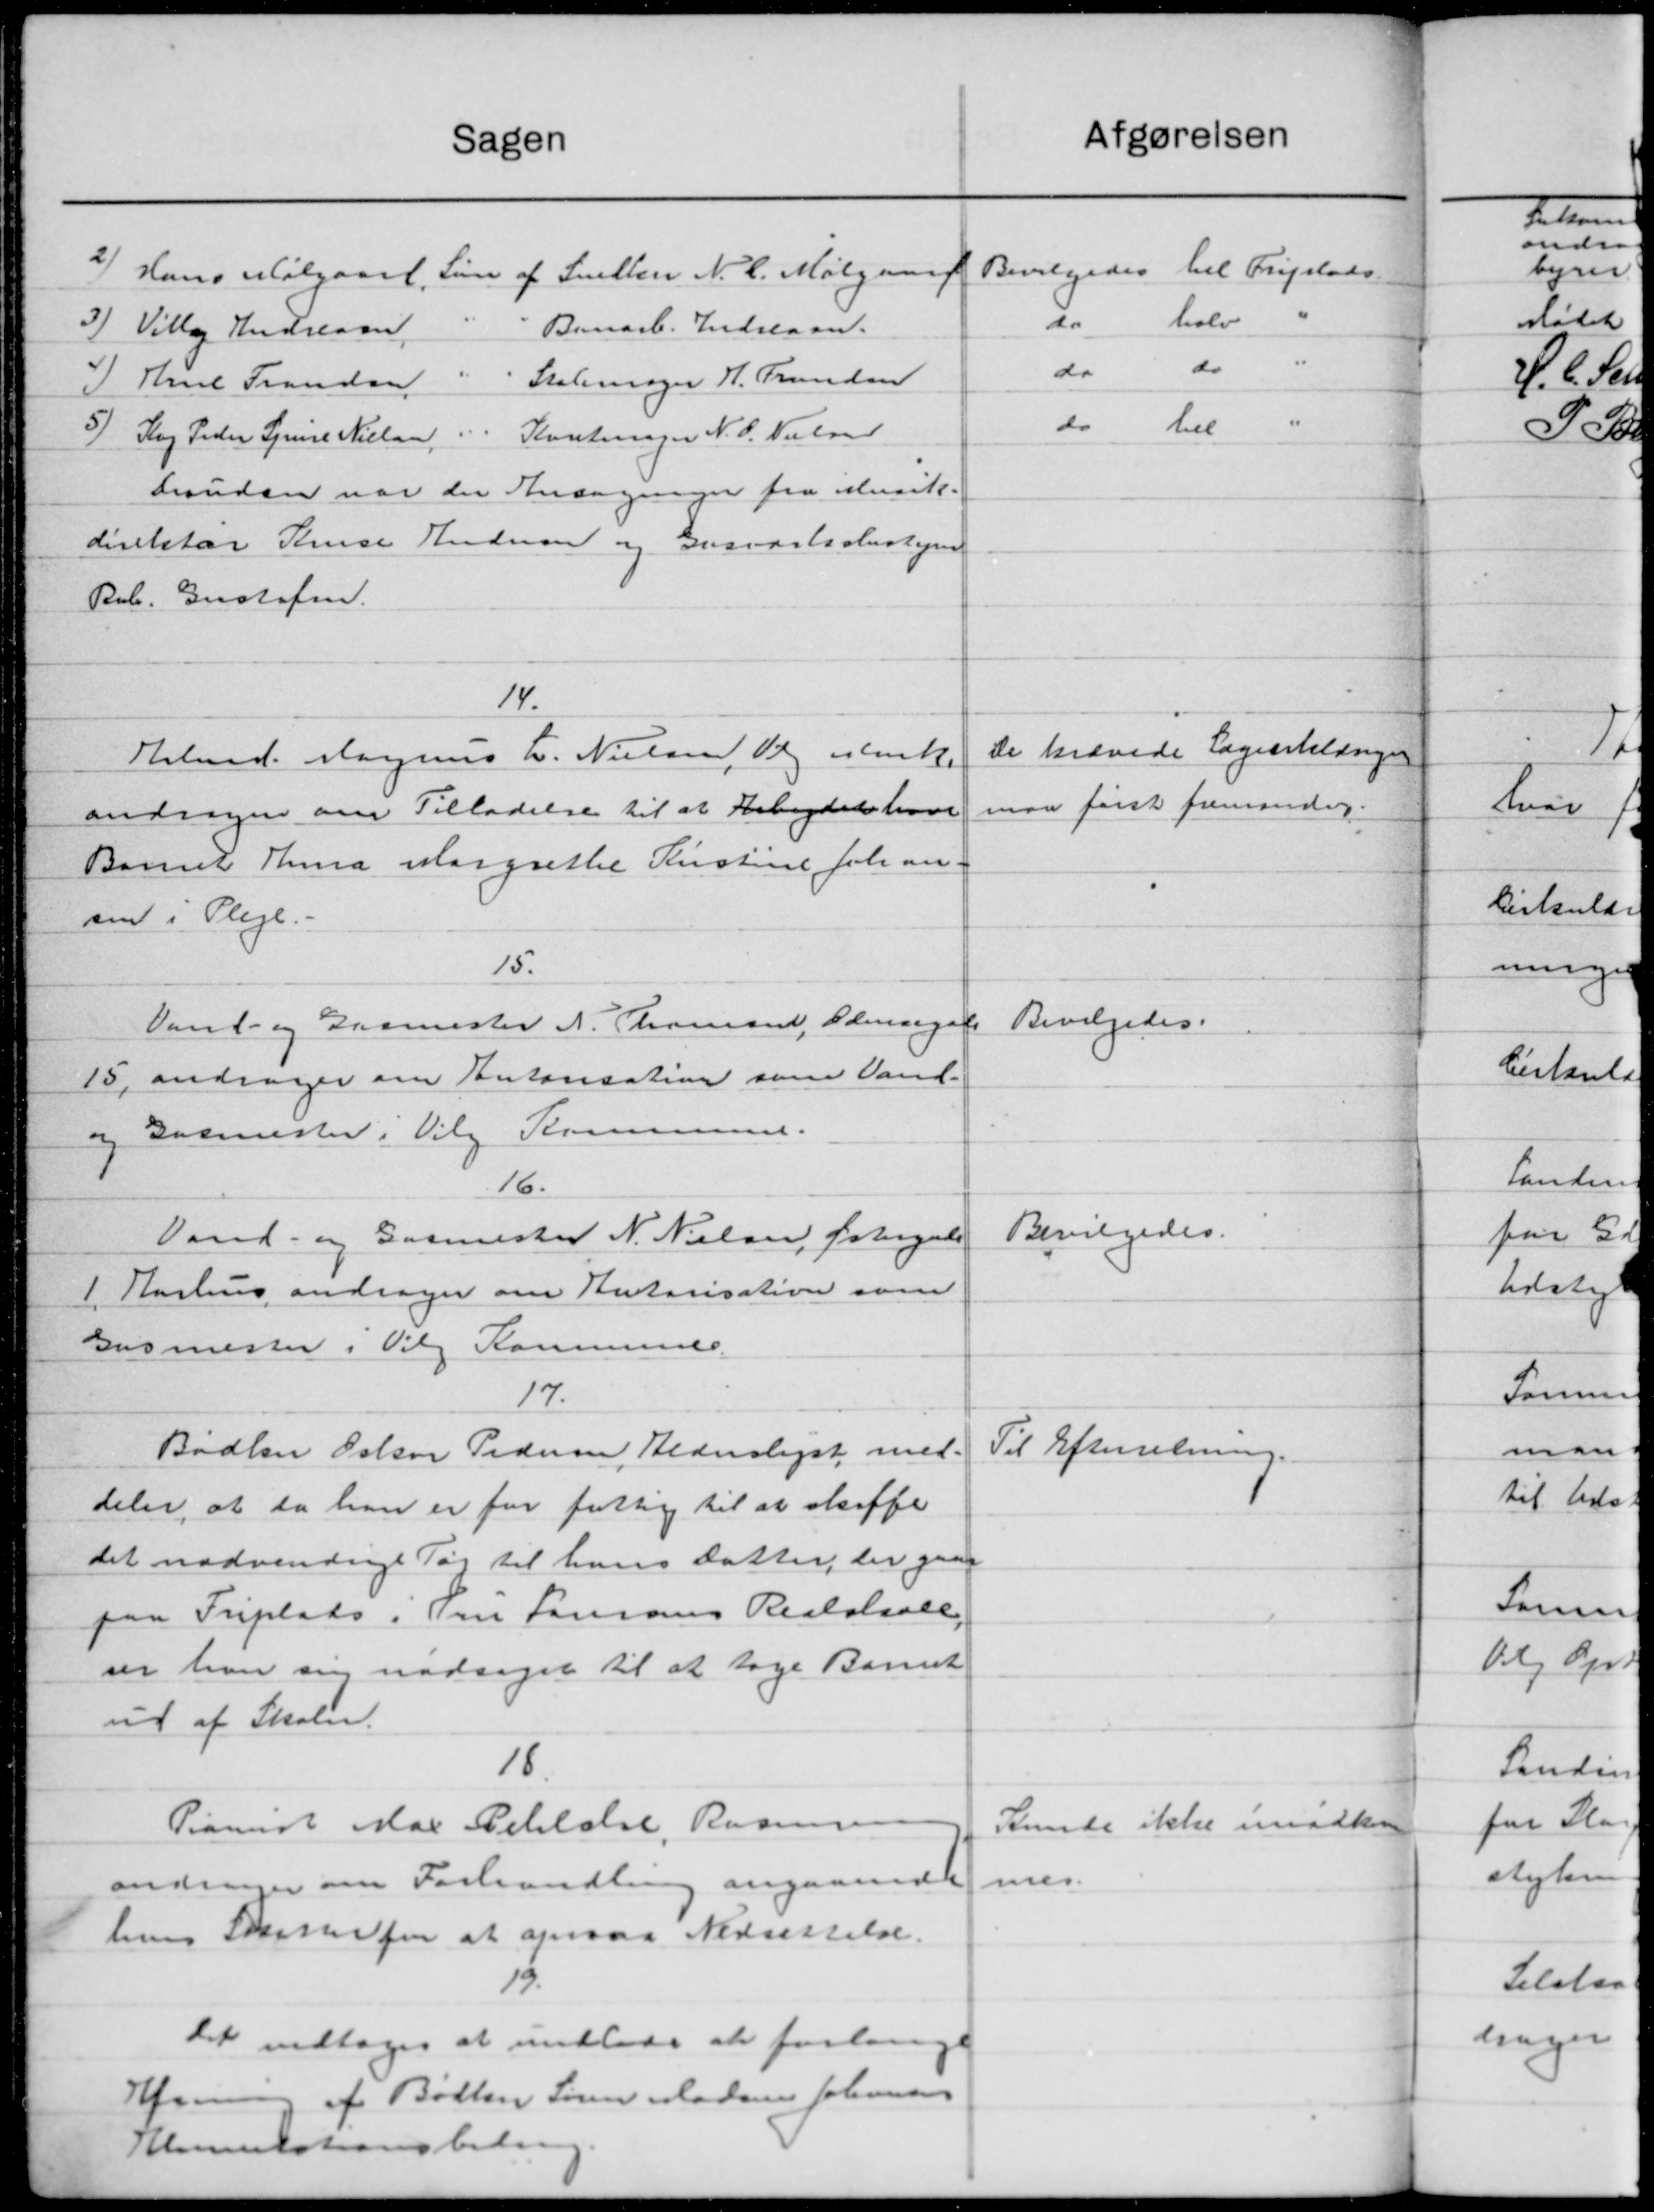
Transskription:
Sagen
2/ Hans Mølgaard
Løn af Snellen N. C. Mølgaard
3) Villa Andresen
Benarb. Indslaan.
Skolemager H. Grunden
)Til Frandsen
5) Sog Peder Spine Nielsen "
Kontinger N. C. Nielsen
brændsen var der Ansøgninger fra Musik.
direktør Krise Andersen og Gusvarlisbestyrer
Rob. Gustafen.
14.
Arbmd. Magnus L. Nielsen, Vej Munke
andrager om Tilladelse til at Arbejdet hvor
Barnet Thura Margrethe Kirstine Johan
sen i Pleje.
15.
Vand- og Garmester A. Thomsen, Odensegaa
15, andrager om Entorisation som Vand-
og Garmester i Vilg Kommune.
16.
Vand- og Garmester N. Nielsen fortegnelse
1 Aarhus andrager om Rutorisativer som
Gurmester. Vilg Kommune.
17.
Bødker Oskar Pedersen Alderslist med-
deler, at da han er for fattig til at skaffe
det nødvendige Tag til hans datter, der gaae
paa Friplads, Fru Samrans Realskole,
ser han sig nødsaget til at tage Barnet
ud af Skolen.
18.
Pianist Max Schlelse, Rasmu
andrager om Forhandling angaaende
hns Skovenfor at opraaa Nedsættelse.
15.
Det vedtoges at indlade at forlaa
Hjemmer af Bøden Søren Mads Johannes
Klimulationsbede